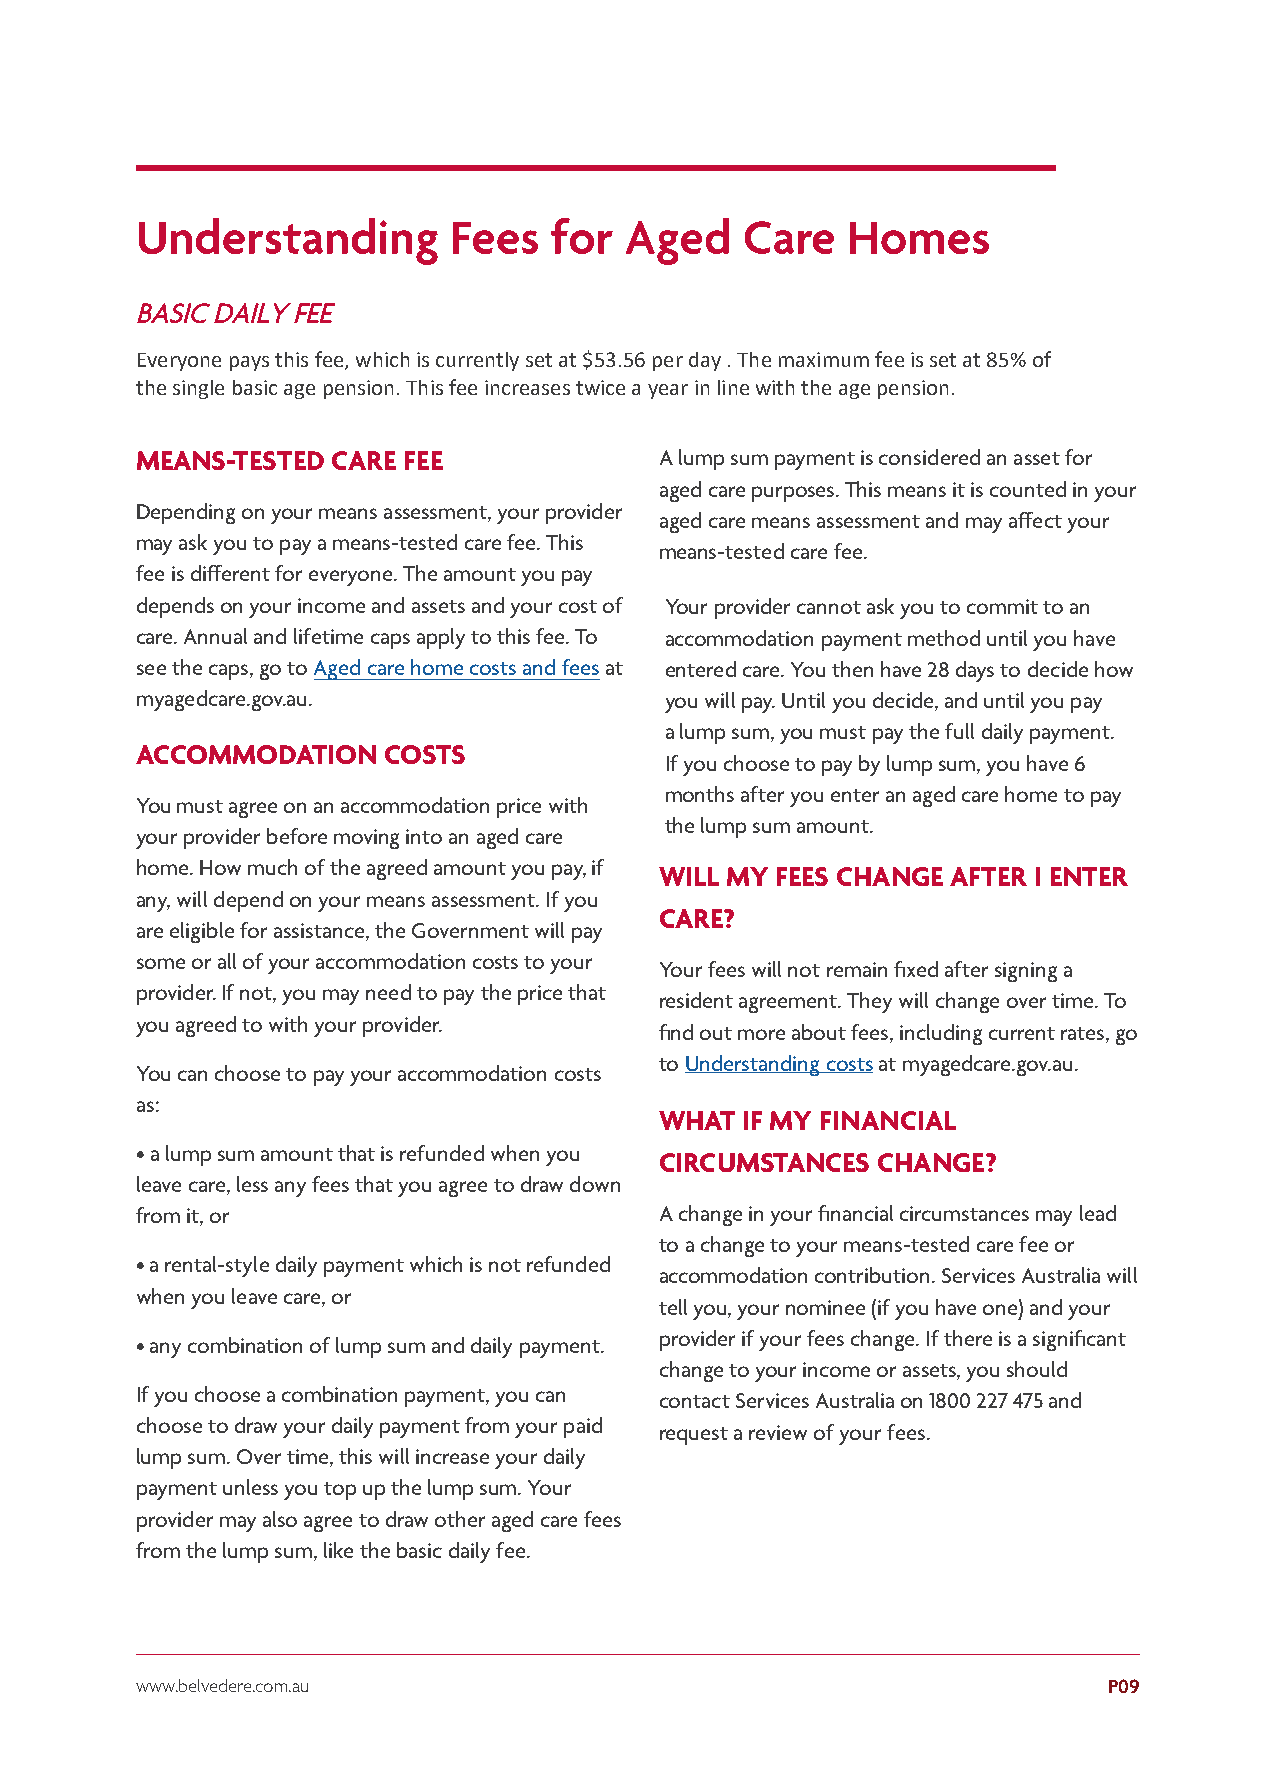
Understanding        Fees  for  Aged    Care   Homes
 BASIC DAILY FEE
 Everyone pays this fee, which is currently set at $53.56 per day . The maximum fee is set at 85% of
 the single basic age pension. This fee increases twice a year in line with the age pension.
 MEANS-TESTED CARE FEE              A lump sum payment is considered an asset for
 aged care purposes. This means it is counted in your
 Depending on your means assessment, your provider
 aged care means assessment and may affect your
 may ask you to pay a means-tested care fee. This
 means-tested care fee.
 fee is different for everyone. The amount you pay
 depends on your income and assets and your cost of Your provider cannot ask you to commit to an
 care. Annual and lifetime caps apply to this fee. To accommodation payment method until you have
 see the caps, go to Aged care home costs and fees at entered care. You then have 28 days to decide how
 myagedcare.gov.au.                 you will pay. Until you decide, and until you pay
 a lump sum, you must pay the full daily payment.
 ACCOMMODATION   COSTS
 If you choose to pay by lump sum, you have 6
 months after you enter an aged care home to pay
 You must agree on an accommodation price with
 the lump sum amount.
 your provider before moving into an aged care
 home. How much of the agreed amount you pay, if
 WILL MY FEES CHANGE AFTER I ENTER
 any, will depend on your means assessment. If you
 CARE?
 are eligible for assistance, the Government will pay
 some or all of your accommodation costs to your
 Your fees will not remain fixed after signing a
 provider. If not, you may need to pay the price that
 resident agreement. They will change over time. To
 you agreed to with your provider.
 find out more about fees, including current rates, go
 to Understanding costs at myagedcare.gov.au.
 You can choose to pay your accommodation costs
 as:
 WHAT IF MY FINANCIAL
 •a lump sum amount that is refunded when you
 CIRCUMSTANCES CHANGE?
 leave care, less any fees that you agree to draw down
 from it, or                        A change in your financial circumstances may lead
 to a change to your means-tested care fee or
 •a rental-style daily payment which is not refunded
 accommodation contribution. Services Australia will
 when you leave care, or
 tell you, your nominee (if you have one) and your
 provider if your fees change. If there is a significant
 •any combination of lump sum and daily payment.
 change to your income or assets, you should
 If you choose a combination payment, you can
 contact Services Australia on 1800 227 475 and
 choose to draw your daily payment from your paid
 request a review of your fees.
 lump sum. Over time, this will increase your daily
 payment unless you top up the lump sum. Your
 provider may also agree to draw other aged care fees
 from the lump sum, like the basic daily fee.
 www.belvedere.com.au                                            P09